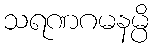
သရဏဂမနမ္ပိ